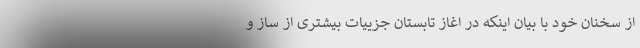
از سخنان خود با بیان اینکه در اغاز تابستان جزییات بیشتری از ساز و